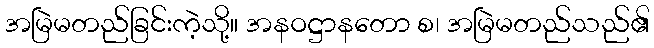
အမြဲမတည်ခြင်းကဲ့သို့။ အနဝဋ္ဌာနတော စ၊ အမြဲမတည်သည်၏